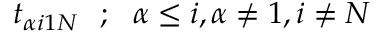
t _ { \alpha i 1 N } ~ ~ ; ~ ~ \alpha \leq i , \alpha \neq 1 , i \neq N